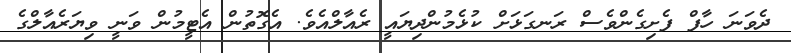
ދެވަނަ ހާފް ފެށިގެންވެސް ރަނގަޅަށް ކުޅެމުންދިޔައީ ރެއާލްއެވެ. އެގޮތުން އެޓީމުން ވަނީ ވިޔަރެއާލްގެ